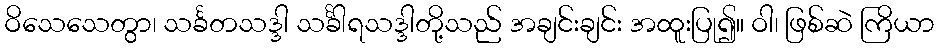
ဝိသေသေတွာ၊ သင်္ခတသဒ္ဒါ သင်္ခါရသဒ္ဒါတို့သည် အချင်းချင်း အထူးပြု၍။ ဝါ၊ ဖြစ်ဆဲ ကြိယာ